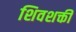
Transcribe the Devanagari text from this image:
शिवशक्ती